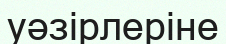
уәзірлеріне